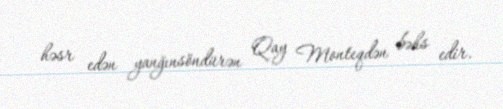
həsr edən yanğınsöndürən Qay Monteqdən bəhs edir.